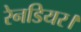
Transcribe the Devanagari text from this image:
रेनडियर।